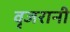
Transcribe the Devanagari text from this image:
वृजरानी